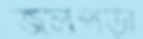
জলপড়া